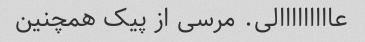
عااااااااالی. مرسی از پیک همچنین